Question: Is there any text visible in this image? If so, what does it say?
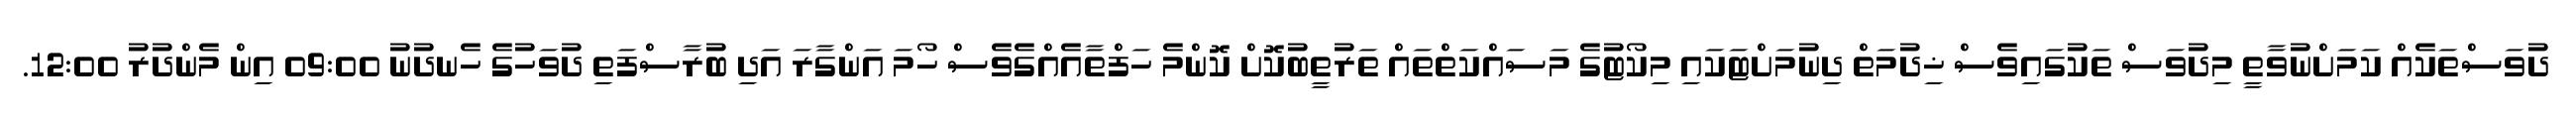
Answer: ދުވަސްތަކެއް ކަމަށްނުވާތީ މިދުވަސް ތަކުގައިވެސް ޚިދުމަތް ދިނުމަށްޓަކައި މިކޯޓުގެ މަސައްކަތްތައް ތަރުތީބުކޮށް ކޮންމެ ހަފްތާއެއްގެވެސް ހޯމަ އަންގާރަ އަދި ބުރާސްފަތި ދުވަހުގެ ހެނދުނު 09:00 އިން މެންދުރު 12:00.